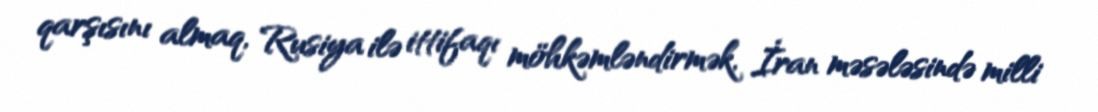
qarşısını almaq, Rusiya ilə ittifaqı möhkəmləndirmək, İran məsələsində milli